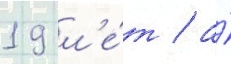
19 л'е́т / а́